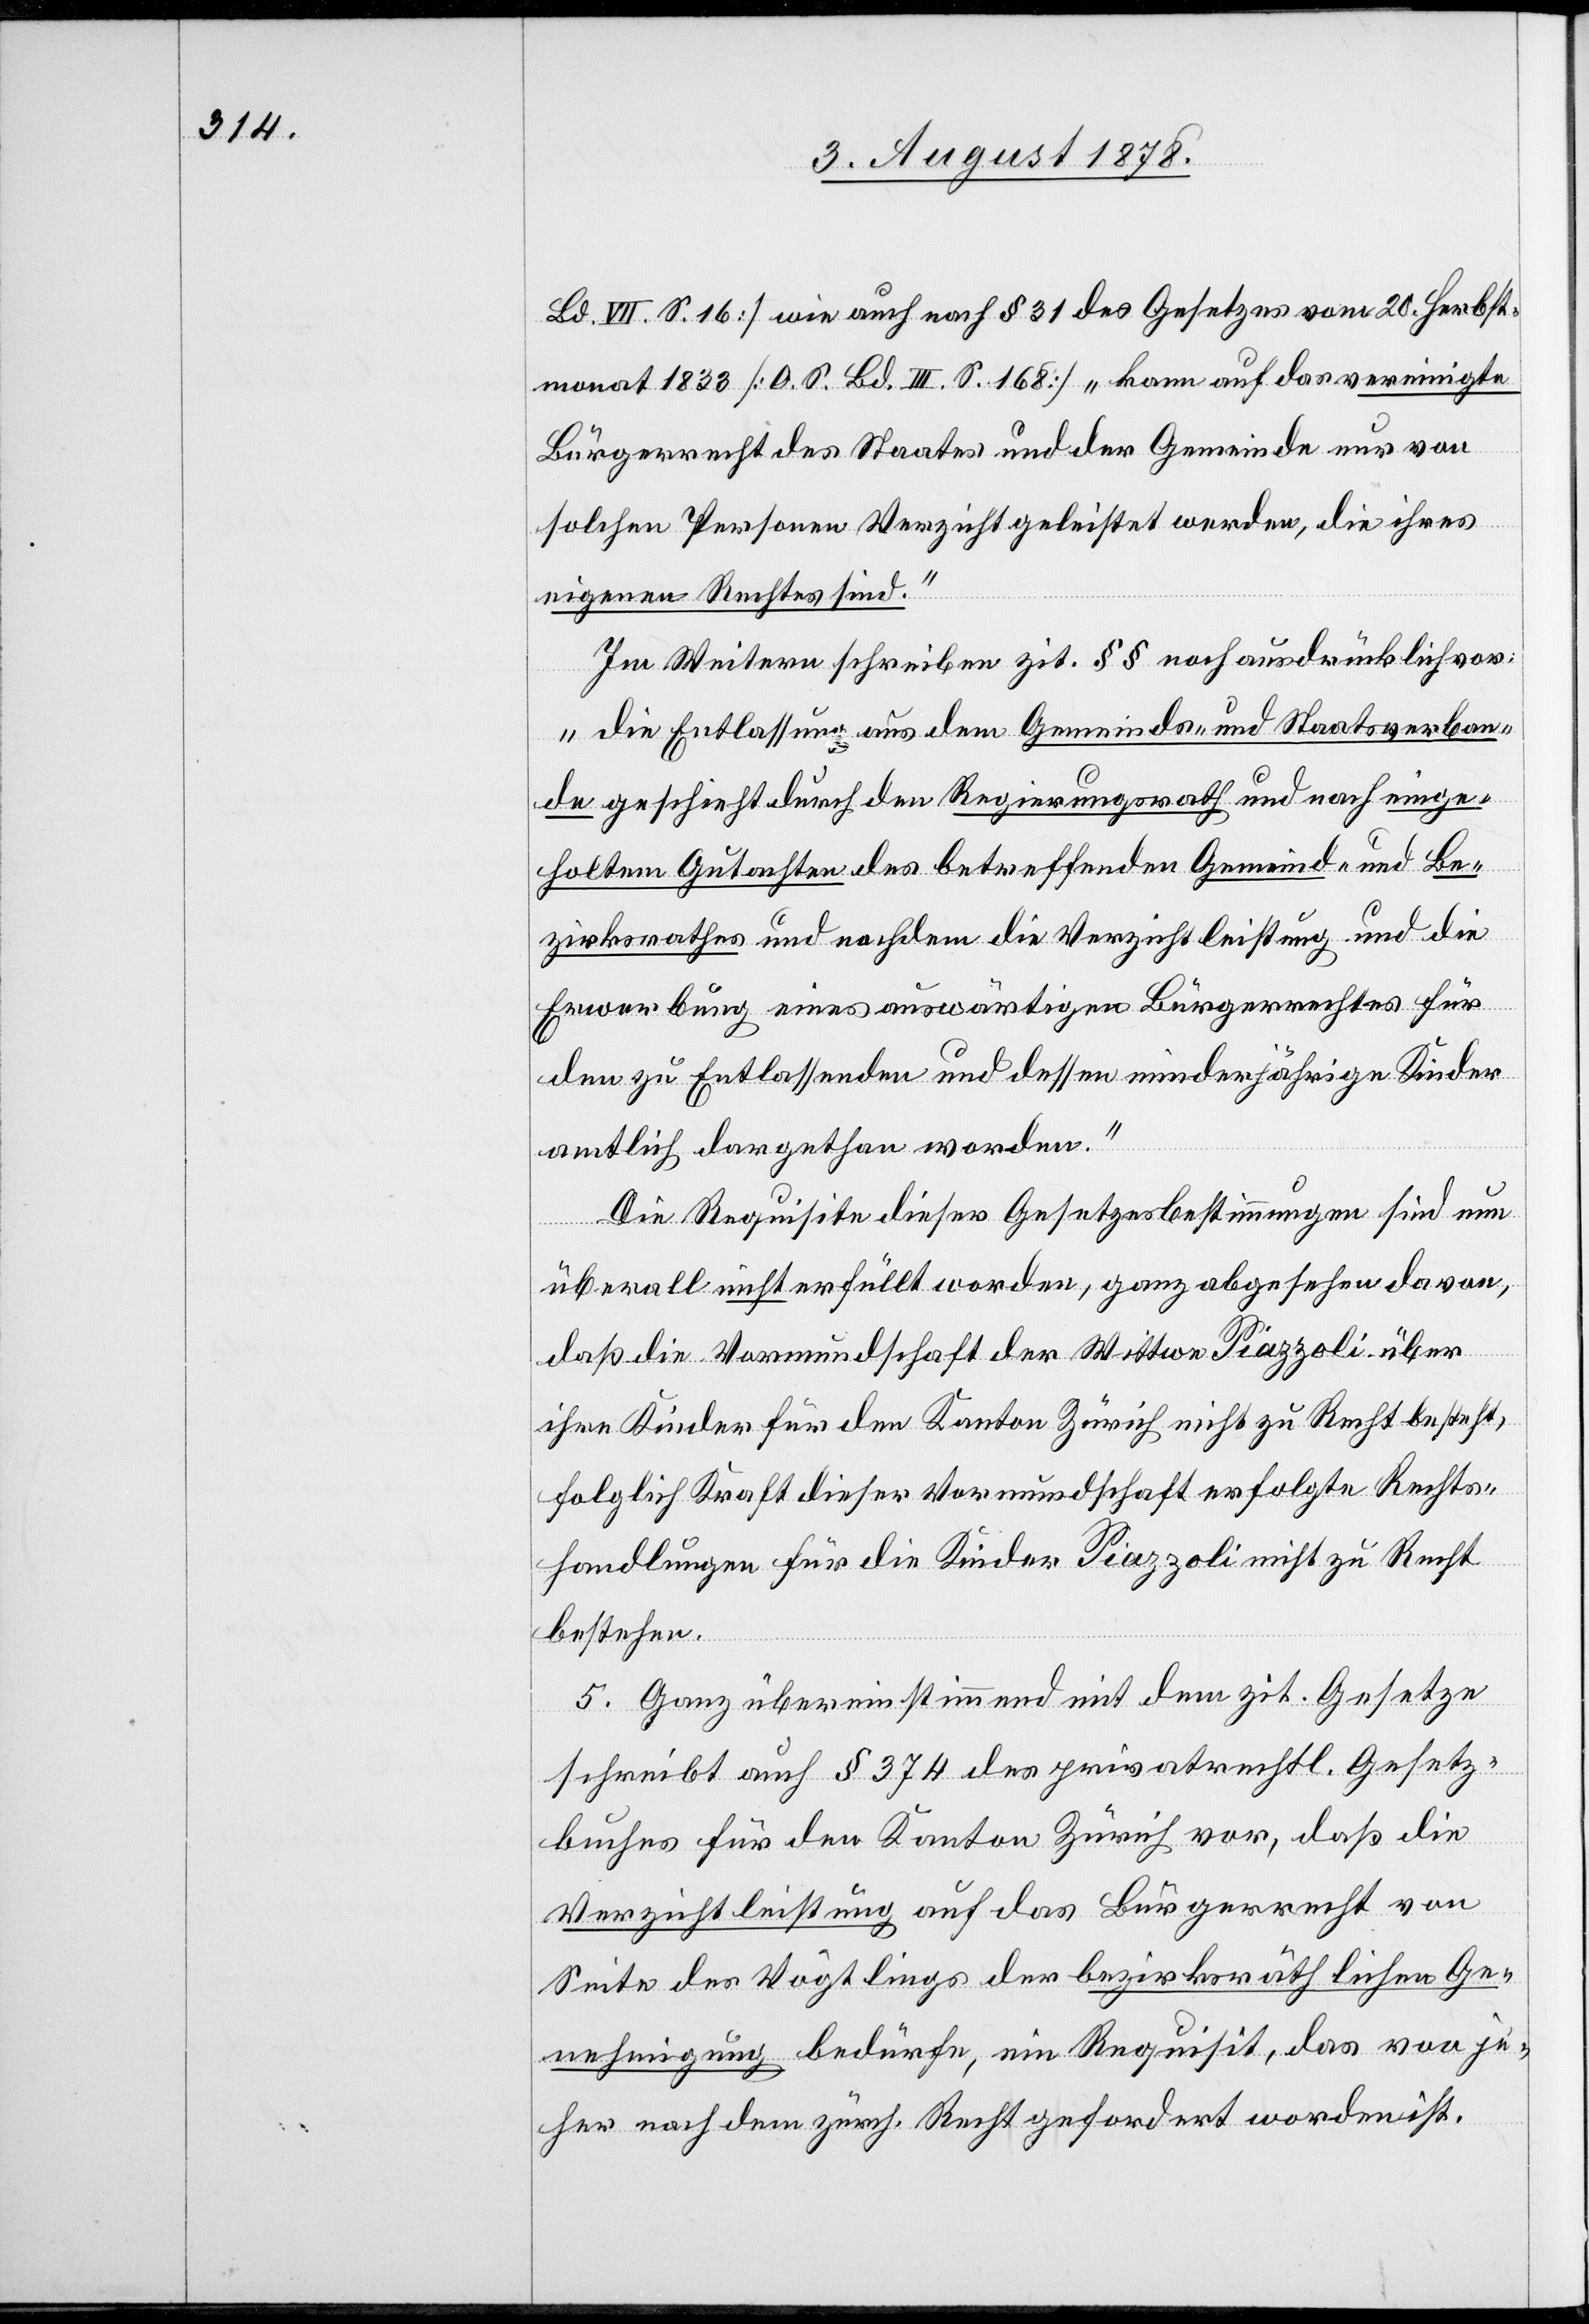
Bd. VII. S. 16] wie auch nach § 31 des Gesetzes vom 20. Herbst¬
monat 1833 [O. S. Bd. III. S. 168] „kann auf das vereinigte
Bürgerrecht des Staates und der Gemeinde nur von
solchen Personen Verzicht geleistet werden, die ihres
eigenen Rechtes sind.“
Im Weitern schreiben zit. §§ noch ausdrücklich vor:
„die Entlassung aus dem Gemeinds- und Staatsverban¬
de geschieht durch den Regierungsrath und nach einge¬
holten Gutachten des betreffenden Gemeinde- und Be¬
zirksrathes und nachdem die Verzichtleistung und die
Erwerbung eines auswärtigen Bürgerrechtes für
den zu Entlassenden und dessen minderjährige Kinder
amtlich dargethan worden.“
Die Requisite dieser Gesetzesbestimmungen sind nun
überall nicht erfüllt worden, ganz abgesehen davon,
daß die Vormundschaft der Wittwe Piazzoli über
ihre Kinder für den Kanton Zürich nicht zu Recht besteht,
folglich Kraft dieser Vormundschaft erfolgte Rechts¬
handlungen für die Kinder Piazzoli nicht zu Recht
bestehen.
5. Ganz übereinstimmend mit dem zit. Gesetze
schreibt auch § 374 des privatrechtl. Gesetz¬
buches für den Kanton Zürich vor, daß die
Verzichtleistung auf das Bürgerrecht von
Seite des Vögtlings der bezirksräthlichen Ge¬
nehmigung bedürfe, ein Requisit, das von je¬
her nach dem zürch. Recht gefordert worden ist.